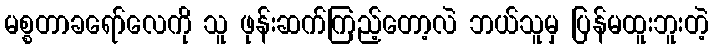
မစ္စတာခရော်လေကို သူ ဖုန်းဆက်ကြည့်တော့လဲ ဘယ်သူမှ ပြန်မထူးဘူးတဲ့